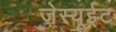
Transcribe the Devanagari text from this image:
जेस्यूईट